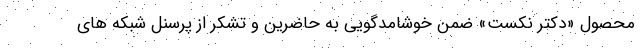
محصول «دکتر نکست» ضمن خوشامدگویی به حاضرین و تشکر از پرسنل شبکه های